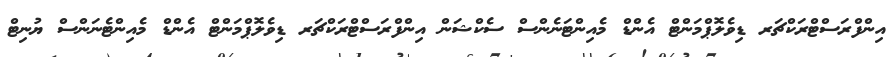
އިންފްރަސްޓްރަކްޗަރ ޑިވެލޮޕްމަންޓް އެންޑް މެއިންޓަނެންސް ސެކްޝަން އިންފްރަސްޓްރަކްޗަރ ޑިވެލޮޕްމަންޓް އެންޑް މެއިންޓެނަންސް ޔުނިޓް